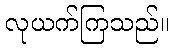
လုယက်ကြသည်။